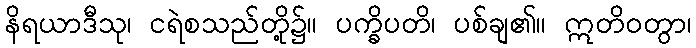
နိရယာဒီသု၊ ငရဲစသည်တို့၌။ ပက္ခိပတိ၊ ပစ်ချ၏။ ဣတိဝတွာ၊